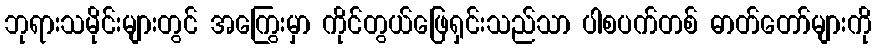
ဘုရားသမိုင်းများတွင် အကြွေးမှာ ကိုင်တွယ်ဖြေရှင်းသည်သာ ပါစပက်တစ် ဓာတ်တော်များကို